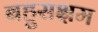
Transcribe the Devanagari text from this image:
बहुसक्षम